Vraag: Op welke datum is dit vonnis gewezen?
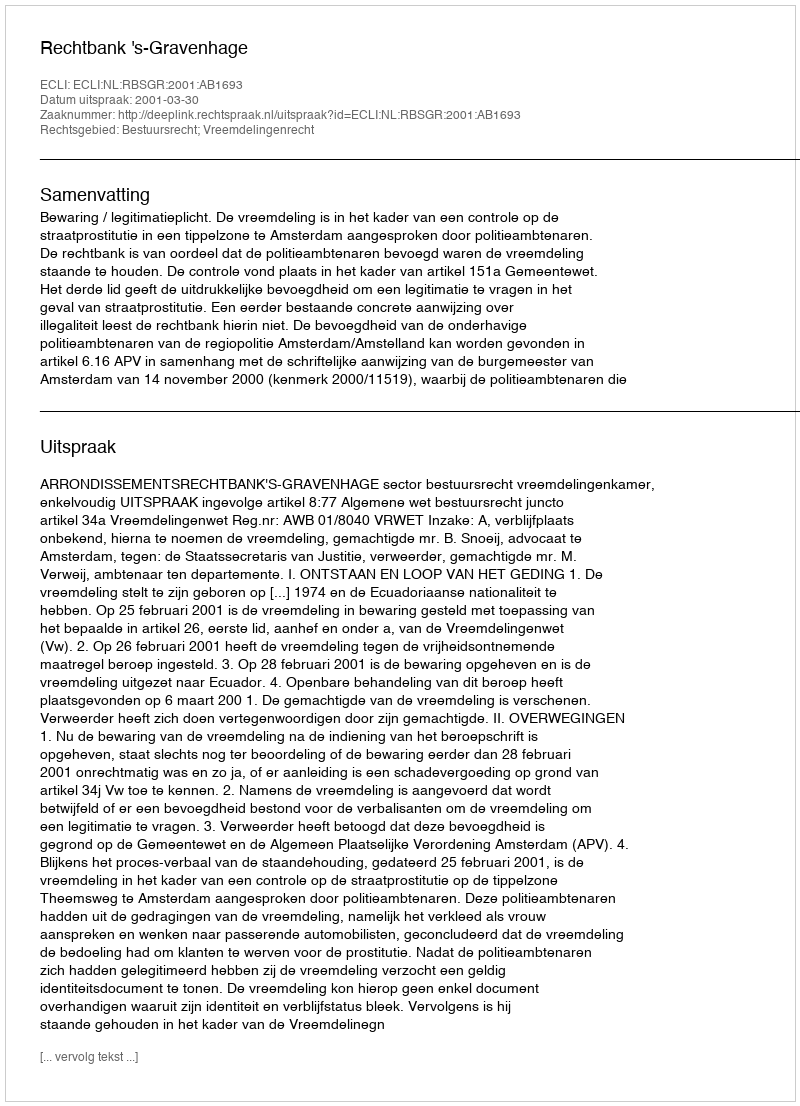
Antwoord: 2001-03-30